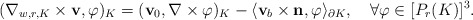
\begin{align*}(\nabla_{w,r,K} \times \textbf{v},\varphi)_K=(\textbf{v}_0,\nabla\times \varphi)_K-\langle \textbf{v}_{b}\times\textbf{n},\varphi\rangle_{\partial K}, \quad\forall\varphi\in [P_r(K)]^3.\end{align*}